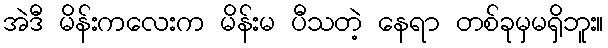
အဲဒီ မိန်းကလေးက မိန်းမ ပီသတဲ့ နေရာ တစ်ခုမှမရှိဘူး။